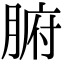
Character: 腑